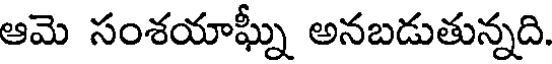
ఆమె సంశయాఘ్నీ అనబడుతున్నది.